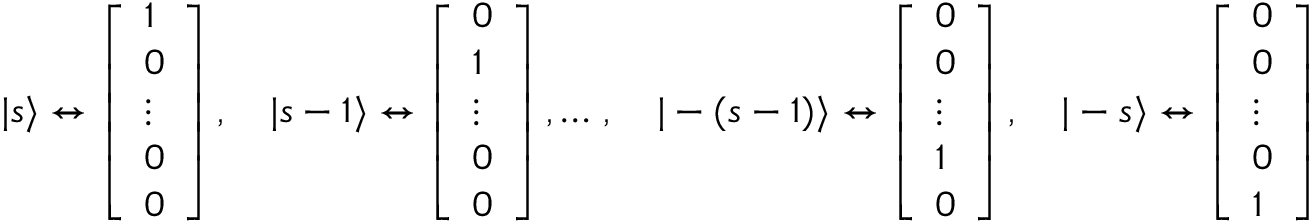
| s \rangle \leftrightarrow { \left[ \begin{array} { l } { 1 } \\ { 0 } \\ { \vdots } \\ { 0 } \\ { 0 } \end{array} \right] } \, , \quad | s - 1 \rangle \leftrightarrow { \left[ \begin{array} { l } { 0 } \\ { 1 } \\ { \vdots } \\ { 0 } \\ { 0 } \end{array} \right] } \, , \ldots \, , \quad | - ( s - 1 ) \rangle \leftrightarrow { \left[ \begin{array} { l } { 0 } \\ { 0 } \\ { \vdots } \\ { 1 } \\ { 0 } \end{array} \right] } \, , \quad | - s \rangle \leftrightarrow { \left[ \begin{array} { l } { 0 } \\ { 0 } \\ { \vdots } \\ { 0 } \\ { 1 } \end{array} \right] }